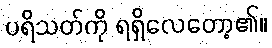
ပရိသတ်ကို ရရှိလေတော့၏။